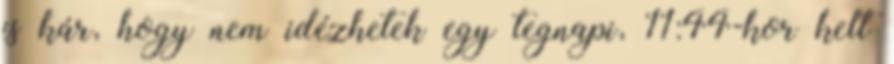
is kár, hogy nem idézhetek egy tegnapi, 11:44-kor kelt